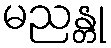
မညန္တု